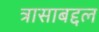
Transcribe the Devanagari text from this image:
त्रासाबद्दल